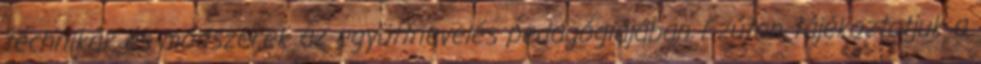
technikák és módszerek az együttnevelés pedagógiájában Ezúton tájékoztatjuk a